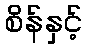
စိန်နှင့်